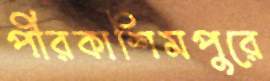
পীরকাশিমপুরে